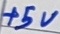
Text: +5V